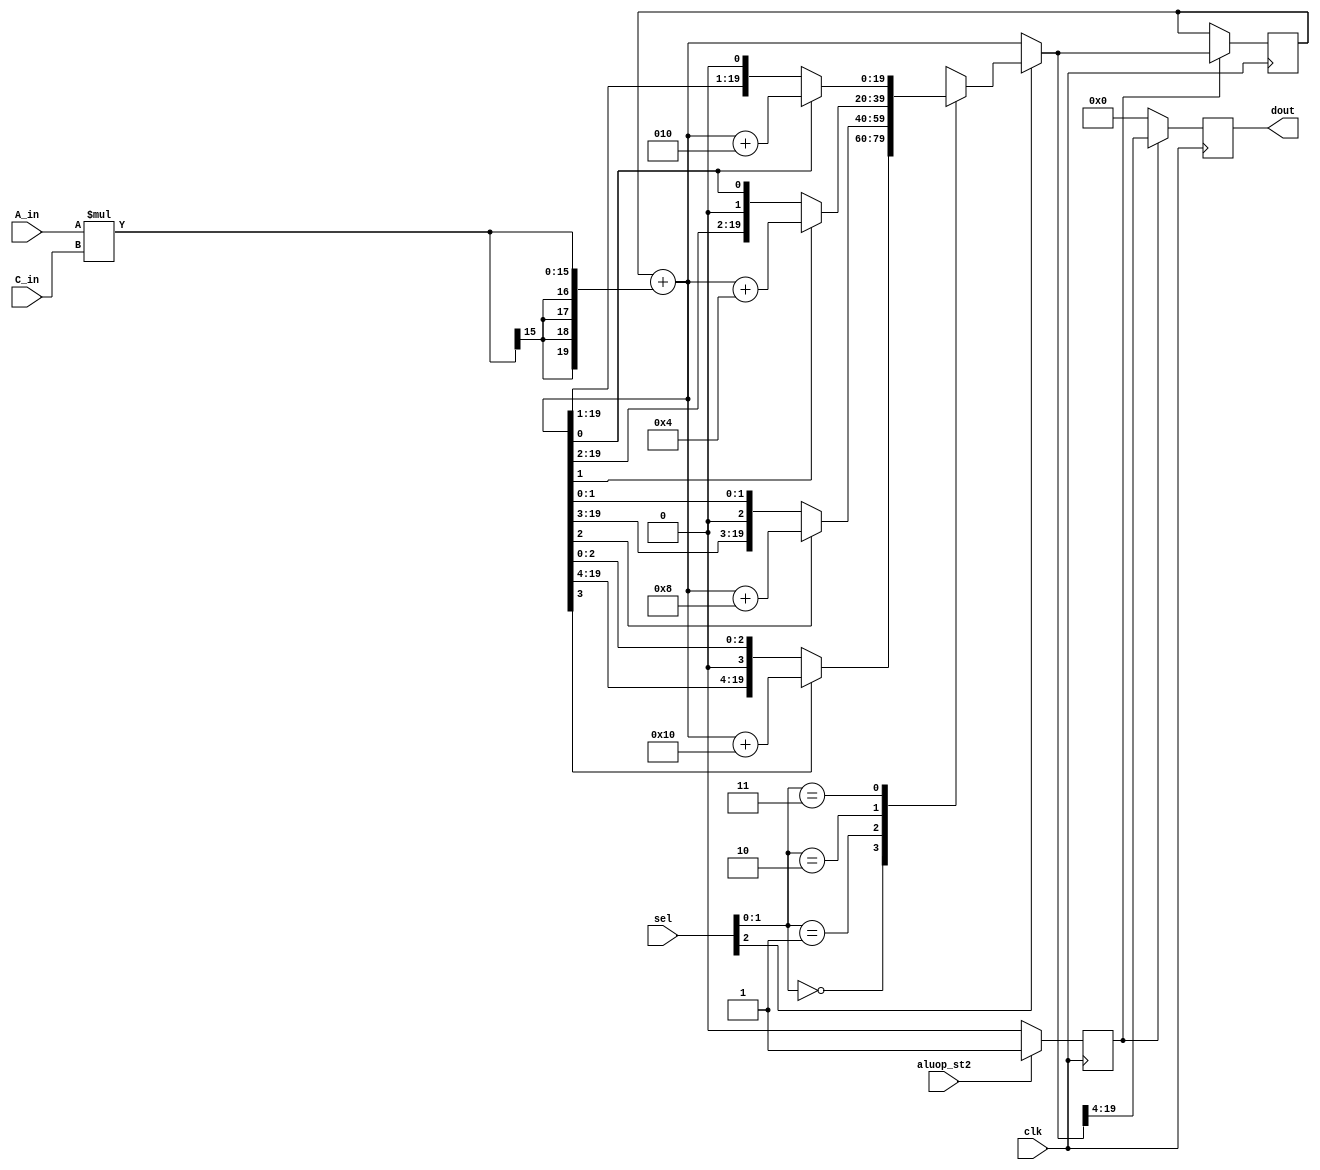
`timescale 1 ns / 10 ps
module calculus(dout, clk, A_in, C_in, aluop_st2, sel) ;

input clk,aluop_st2 ;
input [2:0] sel ;
input signed [7:0] A_in, C_in ;
output reg signed [15:0] dout ;

reg signed [15:0] temp ;
reg signed [19:0] results ;
reg signed [19:0] tempout  ;
reg signed [19:0] addout ;
reg [1:0] turn ;
reg temp_aluop_st2 ;

initial begin
	tempout = 20'd0;
	addout = 20'd0;
	temp = 0 ;
	temp_aluop_st2 = 0 ;
	results = 0 ;
	turn = 0 ;
end

always@(posedge clk) begin 
	if(aluop_st2) begin
		temp_aluop_st2 = 1 ;

	end
	else temp_aluop_st2 = 0 ;
end

always@(posedge clk) begin 
	if(temp_aluop_st2) begin
		temp = A_in * C_in ;
		addout = addout + {{4{temp[15]}},temp} ;
		tempout = addout ;
		turn = sel[1:0] ;
		if( sel[2] == 1 ) begin 
			case(turn)
				2'b00:begin
					if(tempout[3] == 1 ) results = tempout + 16 ;
					else results = tempout ;
				end
				2'b01:begin
					if(tempout[2] == 1 ) results = tempout + 8 ;
					else results = tempout ;
				end
				2'b10:begin
					if(tempout[1] == 1 ) results = tempout + 4 ;
					else results = tempout ;
				end
				2'b11:begin
					if(tempout[0] == 1 ) results = tempout + 2 ;
					else results = tempout ;
				end
			endcase
		end
		else results = tempout ;

		addout <= results ;
		dout <= results[19:4] ;
	end
	else begin
		dout <= 0 ;
	end
end



endmodule